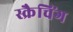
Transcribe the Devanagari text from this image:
स्क्रैचिंग